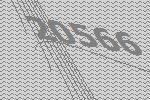
20566